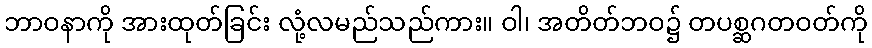
ဘာဝနာကို အားထုတ်ခြင်း လုံ့လမည်သည်ကား။ ဝါ၊ အတိတ်ဘဝ၌ တပစ္ဆဂတဝတ်ကို